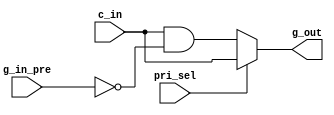
`timescale 1ns / 1ps

module arbiter_single_bit(
    input   c_in,
    input   g_in_pre,
    input   pri_sel,
    output  g_out
);
reg g_out_reg;

wire c_and_gpre;
assign c_and_gpre = c_in & (~g_in_pre);
always@(*)
begin
   g_out_reg = pri_sel?c_in:c_and_gpre;
end
assign g_out  = g_out_reg;    

endmodule